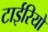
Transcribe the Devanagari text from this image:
टाईरियो